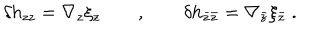
\delta h _ { z z } = \nabla _ { z } \xi _ { z } \qquad , \qquad \delta h _ { \bar { z } \bar { z } } = \nabla _ { \bar { z } } \xi _ { \bar { z } } \ .